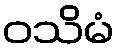
ဝသိမံ